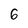
Character: 6